Annual administration report of the Bombay Presidency - 1887-1892
Year: 1887
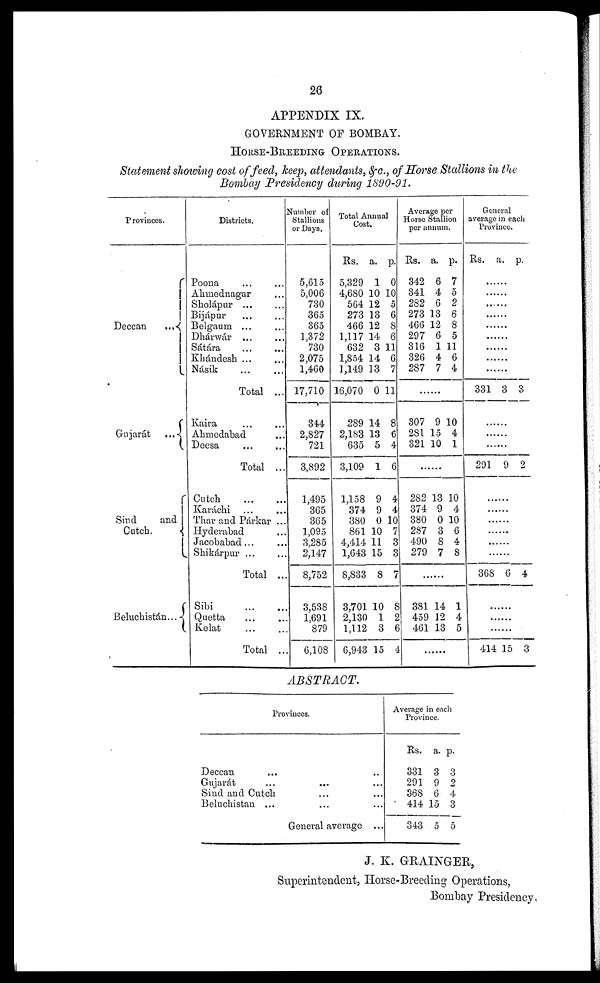
26
APPENDIX IX.
GOVERNMENT OF BOMBAY.
HORSE-BREEDING OPERATIONS.
Statement showing cost of feed, keep, attendants, &c., of Horse Stallions in the
Bombay Presidency during 1890-91.
Provinces.
Deccan
...
Gujarát
...
Sind
and
Cutch.
Beluchistán...
Districts.
Poona ... ...
Ahmednagar ...
Sholápur ... ...
Bijápur ... ...
Belgaum ... ...
Dhárwár ... ...
Sátára ... ...
Khándesh ... ...
Násik
...
...
Total ...
Kaira ... ...
Ahmedabad ...
Deesa ... ...
Total ...
Catch
...
...
Karáchi
Thar and Párkar ...
Hyderabad ...
Jacobabad...
Shikárpur ...
Total ...
Sibi ... ...
Quetta ... ...
Kelat ... ...
Total ...
Number of
Stallions
or Days.
5,615
5,006
730
365
365
1,372
730
2,075
1,460
17,710
344
2,827
721
3,892
1,495
365
365
1,095
3,285
2,147
8,752
3,538
1,691
879
6,108
Total Annual
Cost,
Rs.
5,329
4,680
564
273
466
1,117
632
1,854
1,149
16,070
289
2,183
635
3,109
1,158
374
380
861
4,414
1,643
8,833
3,701
2,130
1,112
6,943
a.
1
10
12
13
12
14
3
14
13
0
14
13
5
1
9
9
0
10
11
15
8
10
1
3
15
p.
0
10
5
6
8
6
11
6
7
11
8
6
4
6
4
4
10
7
3
3
7
8
2
6
4
Average per
Horse Stallion
per annum.
Rs.
342
341
282
273
466
297
316
326
287
a.
6
4
6
13
12
6
1
4
7
p.
7
5
2
6
8
5
11
6
4
........
307
281
321
9
15
10
10
4
1
.......
282
374
380
287
490
279
13
9
0
3
8
7
10
4
10
6
4
8
.......
381
459
461
14
12
13
1
4
5
......
General
average in each
Province.
Rs. a. p.
...
...
...
...
...
...
...
...
...
331 3 3
........
........
.......
291 9 2
......
......
.....
368 6 4
.......
........
.......
414 15 3
ABSTRACT.
Provinces.
Deccan ... ...
Gujarat
Sind and Cutch ... ...
Beluchistan ... ... ...
General average ...
Average in each
Provinces
Rs.
331
291
368
414
343
a.
3
9
6
15
5
p.
3
2
4
3
5
J. K. GRAINGER,
Superintendent, Horse-Breeding Operations,
Bombay Presidency